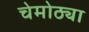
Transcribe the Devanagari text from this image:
चेमोठ्या